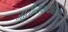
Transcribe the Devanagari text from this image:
जातीव्यवस्थेविरुद्ध